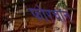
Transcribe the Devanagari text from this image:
फोरचान